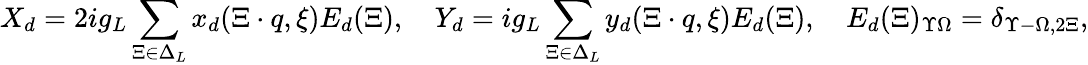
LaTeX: X_{d}=2ig_{L}\sum_{\Xi\in\Delta_{L}}x_{d}(\Xi\cdot q,\xi)E_{d}(\Xi),\quad Y_{d}=ig_{L}\sum_{\Xi\in\Delta_{L}}y_{d}(\Xi\cdot q,\xi)E_{d}(\Xi),\quad E_{d}(\Xi)_{\Upsilon\Omega}=\delta_{\Upsilon-\Omega,2\Xi},